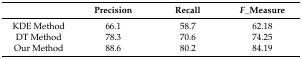
|  | Precision | Recall | F_Measure |
 | --- | --- | --- | --- |
 | KDE Method | 66.1 | 58.7 | 62.18 |
 | DT Method | 78.3 | 70.6 | 74.25 |
 | Our Method | 88.6 | 80.2 | 84.19 |